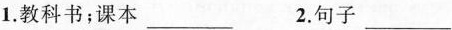
1.教科书；课本___ 2.句子___